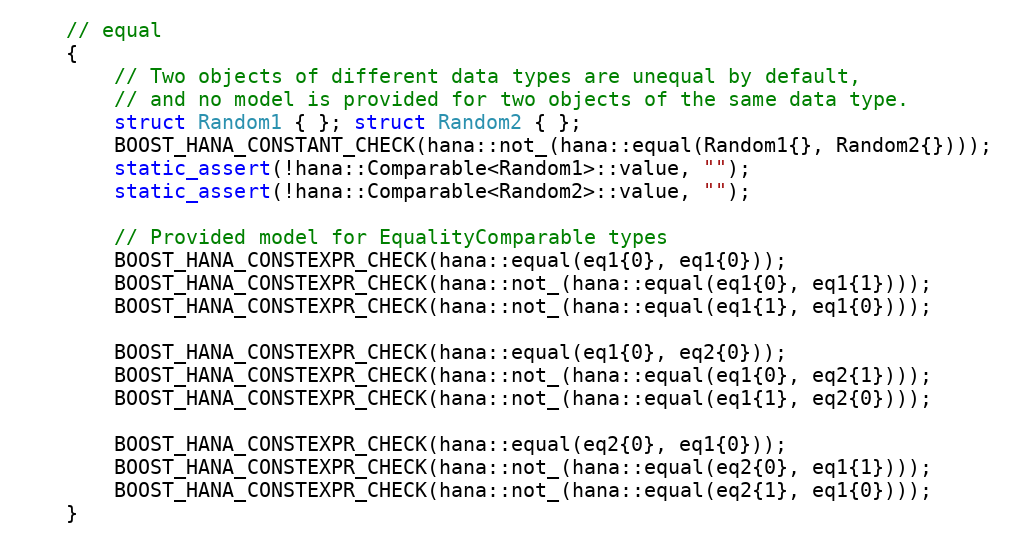
Language: C++
    // equal
    {
        // Two objects of different data types are unequal by default,
        // and no model is provided for two objects of the same data type.
        struct Random1 { }; struct Random2 { };
        BOOST_HANA_CONSTANT_CHECK(hana::not_(hana::equal(Random1{}, Random2{})));
        static_assert(!hana::Comparable<Random1>::value, "");
        static_assert(!hana::Comparable<Random2>::value, "");

        // Provided model for EqualityComparable types
        BOOST_HANA_CONSTEXPR_CHECK(hana::equal(eq1{0}, eq1{0}));
        BOOST_HANA_CONSTEXPR_CHECK(hana::not_(hana::equal(eq1{0}, eq1{1})));
        BOOST_HANA_CONSTEXPR_CHECK(hana::not_(hana::equal(eq1{1}, eq1{0})));

        BOOST_HANA_CONSTEXPR_CHECK(hana::equal(eq1{0}, eq2{0}));
        BOOST_HANA_CONSTEXPR_CHECK(hana::not_(hana::equal(eq1{0}, eq2{1})));
        BOOST_HANA_CONSTEXPR_CHECK(hana::not_(hana::equal(eq1{1}, eq2{0})));

        BOOST_HANA_CONSTEXPR_CHECK(hana::equal(eq2{0}, eq1{0}));
        BOOST_HANA_CONSTEXPR_CHECK(hana::not_(hana::equal(eq2{0}, eq1{1})));
        BOOST_HANA_CONSTEXPR_CHECK(hana::not_(hana::equal(eq2{1}, eq1{0})));
    }